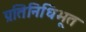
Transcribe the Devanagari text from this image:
प्रतिनिधिभूत